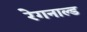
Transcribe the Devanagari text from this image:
रेगनाल्ड